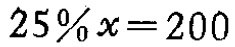
$25\%x = 200$